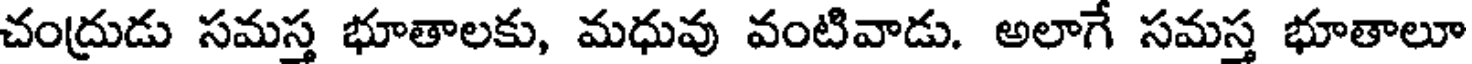
చంద్రుడు సమస్త భూతాలకు, మధువు వంటివాడు. అలాగే సమస్త భూతాలూ